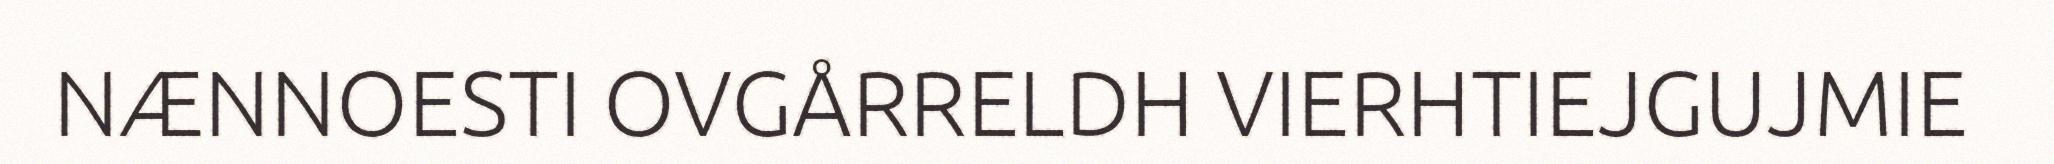
NÆNNOESTI OVGÅRRELDH VIERHTIEJGUJMIE